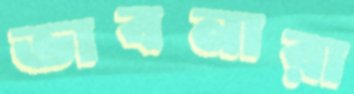
ভাবনারা